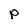
Character: p